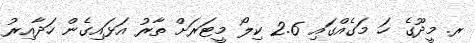
ރ. މީދޫގެ ހަ މަގެއްގައި 2.6 ކިލޯ މީޓަރަށް ތާރު އަޅައިގެން ހަދާއިރު